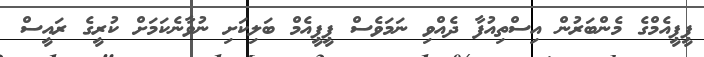
ޕީޕީއެމްގެ މެންބަރުން އިސްތިއުފާ ދެއްވި ނަމަވެސް ޕީޕީއެމް ބަލިކަށި ނުވާނެކަމަށް ކުރީގެ ރައީސް